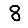
Digit: 8